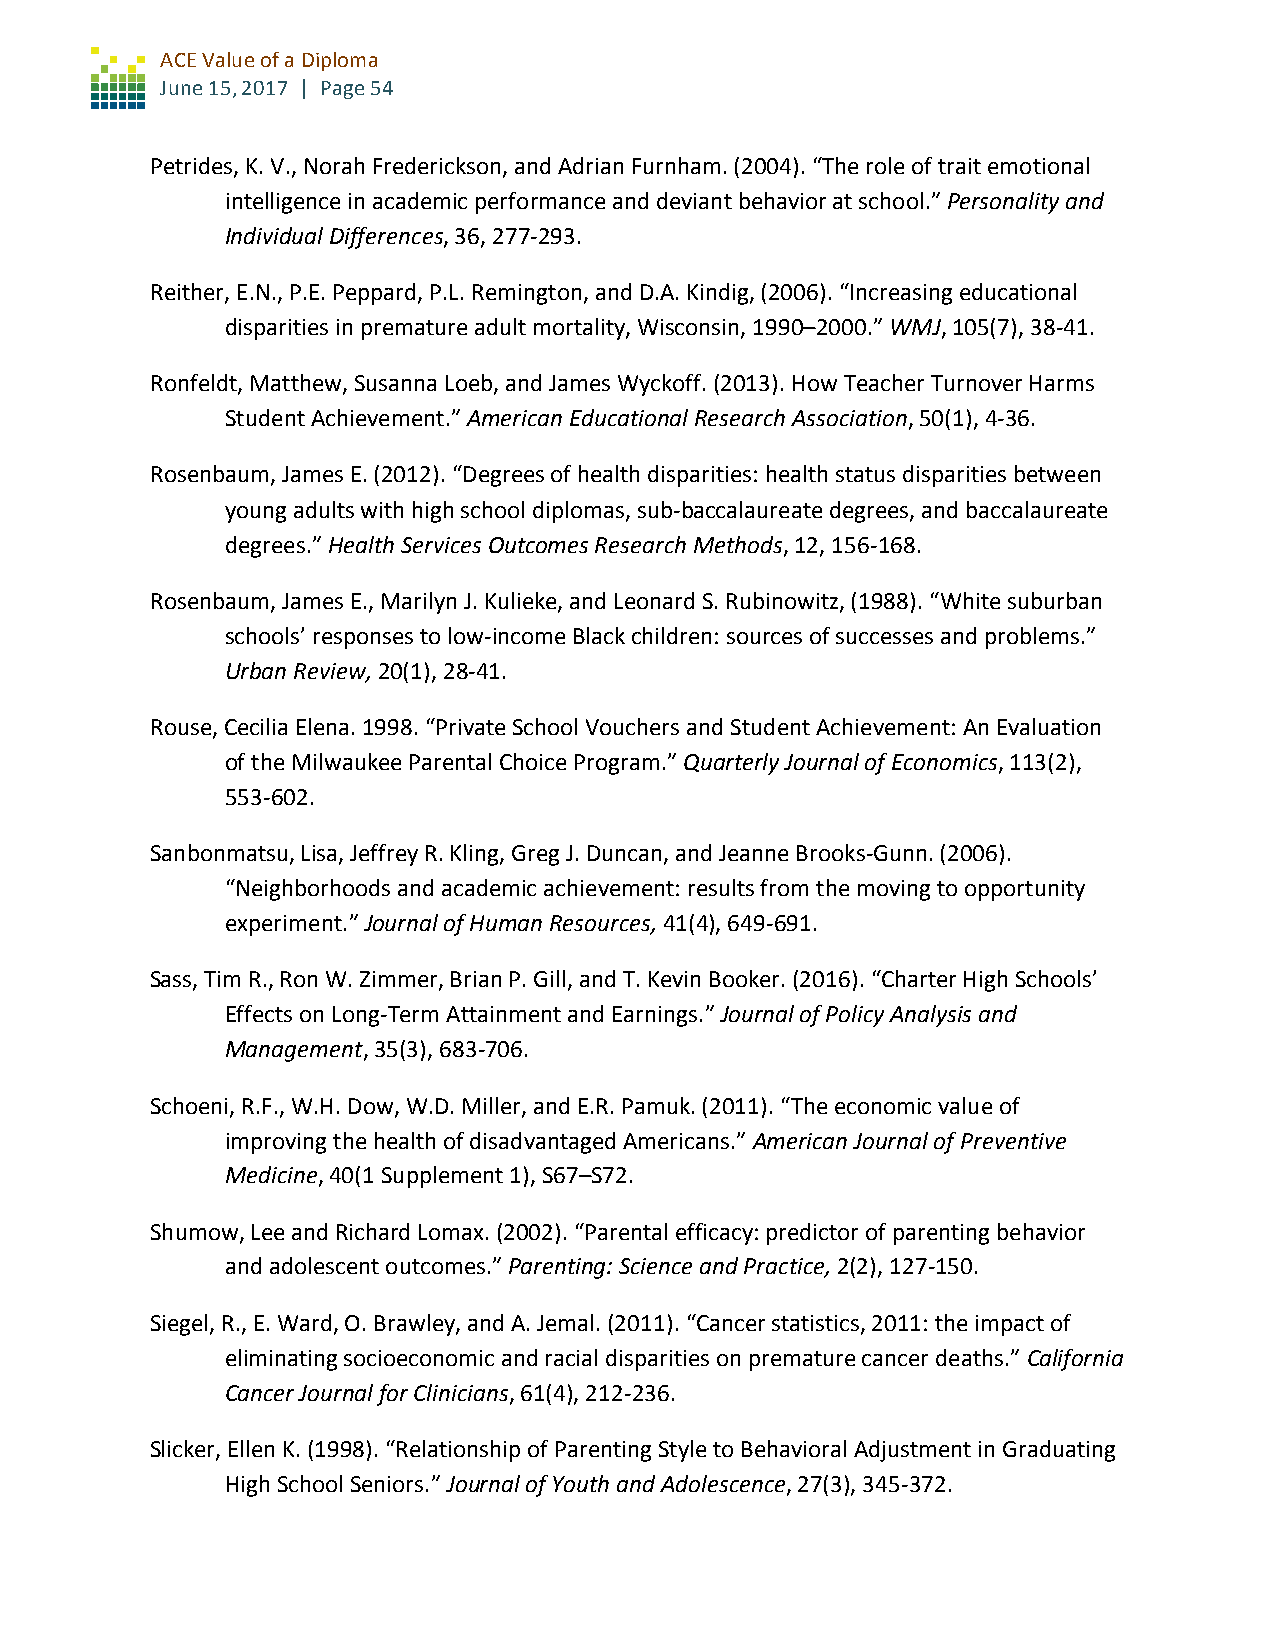
ACE Value of a Diploma
 June 15, 2017 | Page 54
 Petrides, K. V., Norah Frederickson, and Adrian Furnham. (2004). “The role of trait emotional
 intelligence in academic performance and deviant behavior at school.” Personality and
 Individual Differences, 36, 277-293.
 Reither, E.N., P.E. Peppard, P.L. Remington, and D.A. Kindig, (2006). “Increasing educational
 disparities in premature adult mortality, Wisconsin, 1990–2000.” WMJ, 105(7), 38-41.
 Ronfeldt, Matthew, Susanna Loeb, and James Wyckoff. (2013). How Teacher Turnover Harms
 Student Achievement.” American Educational Research Association, 50(1), 4-36.
 Rosenbaum, James E. (2012). “Degrees of health disparities: health status disparities between
 young adults with high school diplomas, sub-baccalaureate degrees, and baccalaureate
 degrees.” Health Services Outcomes Research Methods, 12, 156-168.
 Rosenbaum, James E., Marilyn J. Kulieke, and Leonard S. Rubinowitz, (1988). “White suburban
 schools’ responses to low-income Black children: sources of successes and problems.”
 Urban Review, 20(1), 28-41.
 Rouse, Cecilia Elena. 1998. “Private School Vouchers and Student Achievement: An Evaluation
 of the Milwaukee Parental Choice Program.” Quarterly Journal of Economics, 113(2),
 553-602.
 Sanbonmatsu, Lisa, Jeffrey R. Kling, Greg J. Duncan, and Jeanne Brooks-Gunn. (2006).
 “Neighborhoods and academic achievement: results from the moving to opportunity
 experiment.” Journal of Human Resources, 41(4), 649-691.
 Sass, Tim R., Ron W. Zimmer, Brian P. Gill, and T. Kevin Booker. (2016). “Charter High Schools’
 Effects on Long-Term Attainment and Earnings.” Journal of Policy Analysis and
 Management, 35(3), 683-706.
 Schoeni, R.F., W.H. Dow, W.D. Miller, and E.R. Pamuk. (2011). “The economic value of
 improving the health of disadvantaged Americans.” American Journal of Preventive
 Medicine, 40(1 Supplement 1), S67–S72.
 Shumow, Lee and Richard Lomax. (2002). “Parental efficacy: predictor of parenting behavior
 and adolescent outcomes.” Parenting: Science and Practice, 2(2), 127-150.
 Siegel, R., E. Ward, O. Brawley, and A. Jemal. (2011). “Cancer statistics, 2011: the impact of
 eliminating socioeconomic and racial disparities on premature cancer deaths.” California
 Cancer Journal for Clinicians, 61(4), 212-236.
 Slicker, Ellen K. (1998). “Relationship of Parenting Style to Behavioral Adjustment in Graduating
 High School Seniors.” Journal of Youth and Adolescence, 27(3), 345-372.